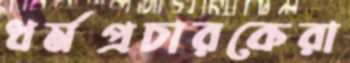
ধর্মপ্রচারকেরা